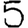
Digit: 5